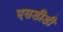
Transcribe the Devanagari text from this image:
एसडीडी